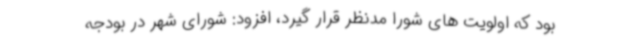
بود که اولویت های شورا مدنظر قرار گیرد، افزود: شورای شهر در بودجه